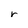
Character: r